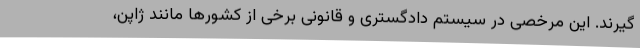
گیرند. این مرخصی در سیستم دادگستری و قانونی برخی از کشورها مانند ژاپن،